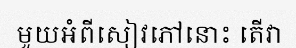
មួយអំពីសៀវភៅនោះ តើវា